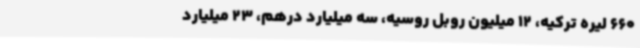
660 لیره ترکیه، 12 میلیون روبل روسیه، سه میلیارد درهم، 23 میلیارد